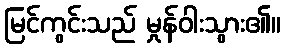
မြင်ကွင်းသည် မှုန်ဝါးသွား၏။